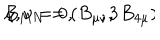
B _ { M N } = ( B _ { \mu \nu } , \, B _ { 4 \mu } ) \hspace { 1 c m } \mu , \nu = 0 , \dots , 3